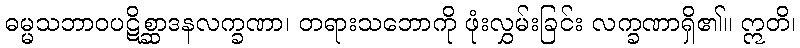
ဓမ္မသဘာဝပဋိစ္ဆာဒနလက္ခဏာ၊ တရားသဘောကို ဖုံးလွှမ်းခြင်း လက္ခဏာရှိ၏။ ဣတိ၊